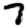
Digit: 7